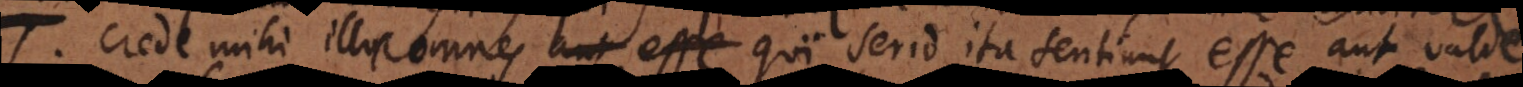
T. Crede mihi illos saepe qui serio ita loquuntur esse aut valde